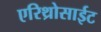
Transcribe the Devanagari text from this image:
एरिथ्रोसाईट